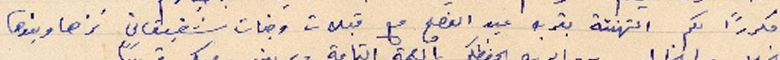
مكرراً لكم التهنئة بقرب عيد الفصح مع قبلات وجنات شقيقاتي نزها وبنوها